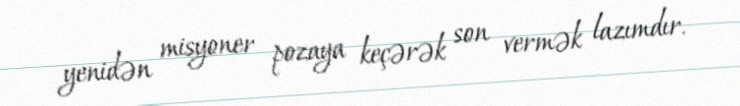
yenidən misyoner pozaya keçərək son vermək lazımdır.